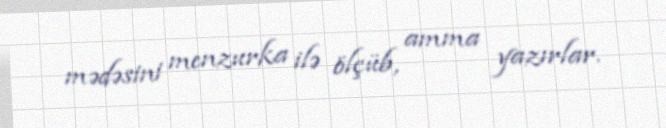
mədəsini menzurka ilə ölçüb, amma yazırlar.